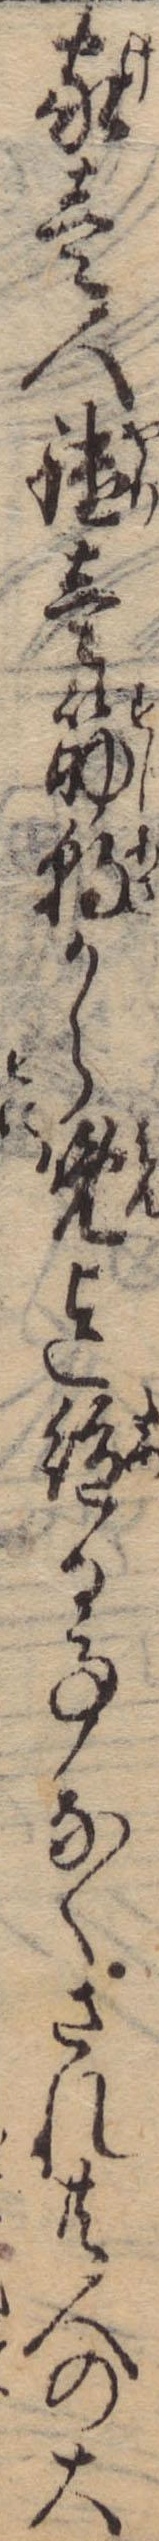
家壱人鑓壱筋朝から晩迄絶る事なくされ共人の大